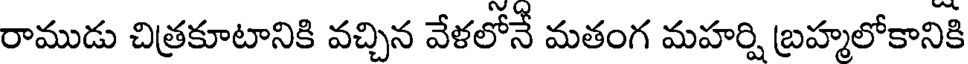
రాముడు చిత్రకూటానికి వచ్చిన వేళలోనే మతంగ మహర్షి బ్రహ్మలోకానికి